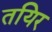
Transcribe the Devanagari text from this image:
तयिर